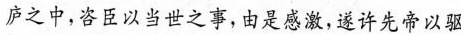
庐之中，咨臣以当世之事，由是感激，遂许先帝以驱